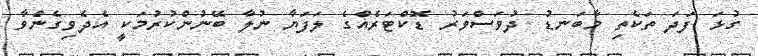
ގުޅަ ފަދަ ތަކެތި މާބަނޑު ދުވަސްވަރު ޑޮކްޓަރެއްގެ ލަފަޔާ ނުލާ ބޭނުންކުރުމަކީ އެދެވިގެންވާ